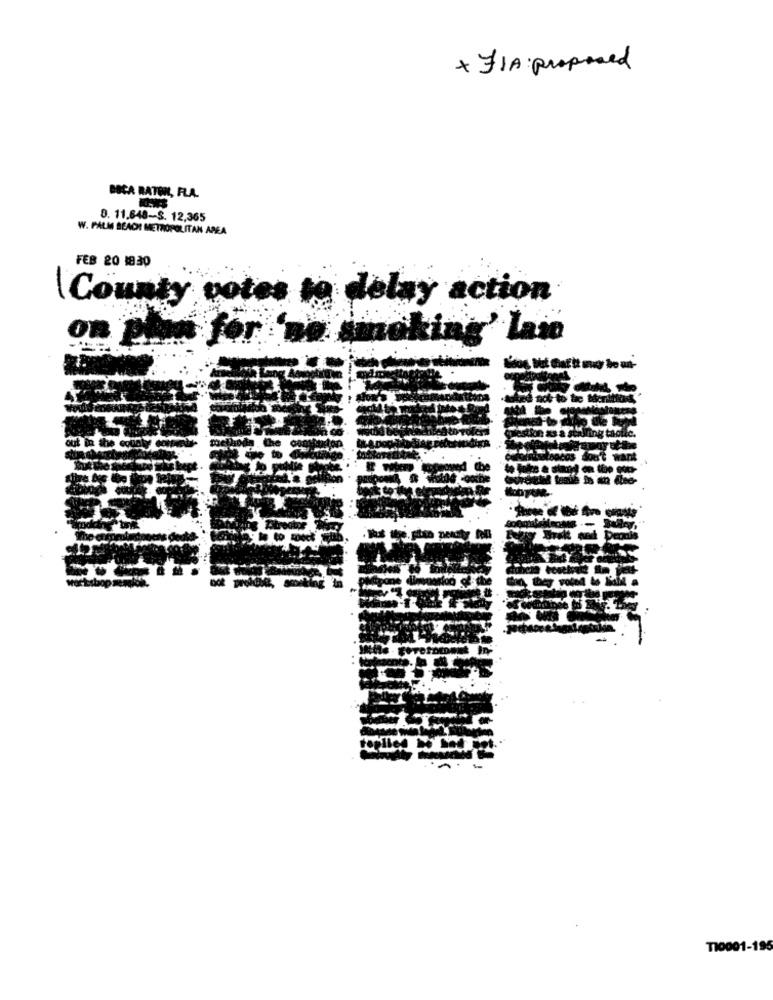
+ FIA:proposed
BOCA RATONL, FLA.
0. 11.648-S. 12,365
W. PALM BEACHI METROPOLITAN AREA
FEB 20 1830
County
pot
delay action
king' lam
T10001-195